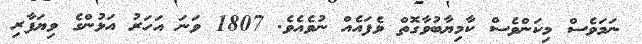
ނަމަވެސް މިކަންވެސް ކާމިޔާބުވާގޮތް ވެފައެއް ނުވެއެވެ. 1807 ވަނަ އަހަރު އަޅުންގެ ވިޔަފާރި